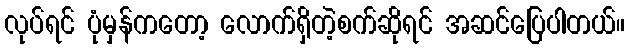
လုပ်ရင် ပုံမှန်ကတော့ လောက်ရှိတဲ့စက်ဆိုရင် အဆင်ပြေပါတယ်။